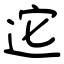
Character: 迱